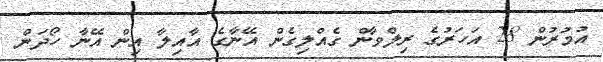
އުމުރުން 28 އަހަރުގެ ރިލްވާން ގެއްލިގެން އޭނާގެ އާއިލާ އިން އޭނާ ހޯދަން